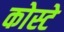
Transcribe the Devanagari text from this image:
कोस्टे